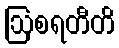
ဩစရတီတိ